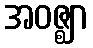
အဝဇ္ဈာ